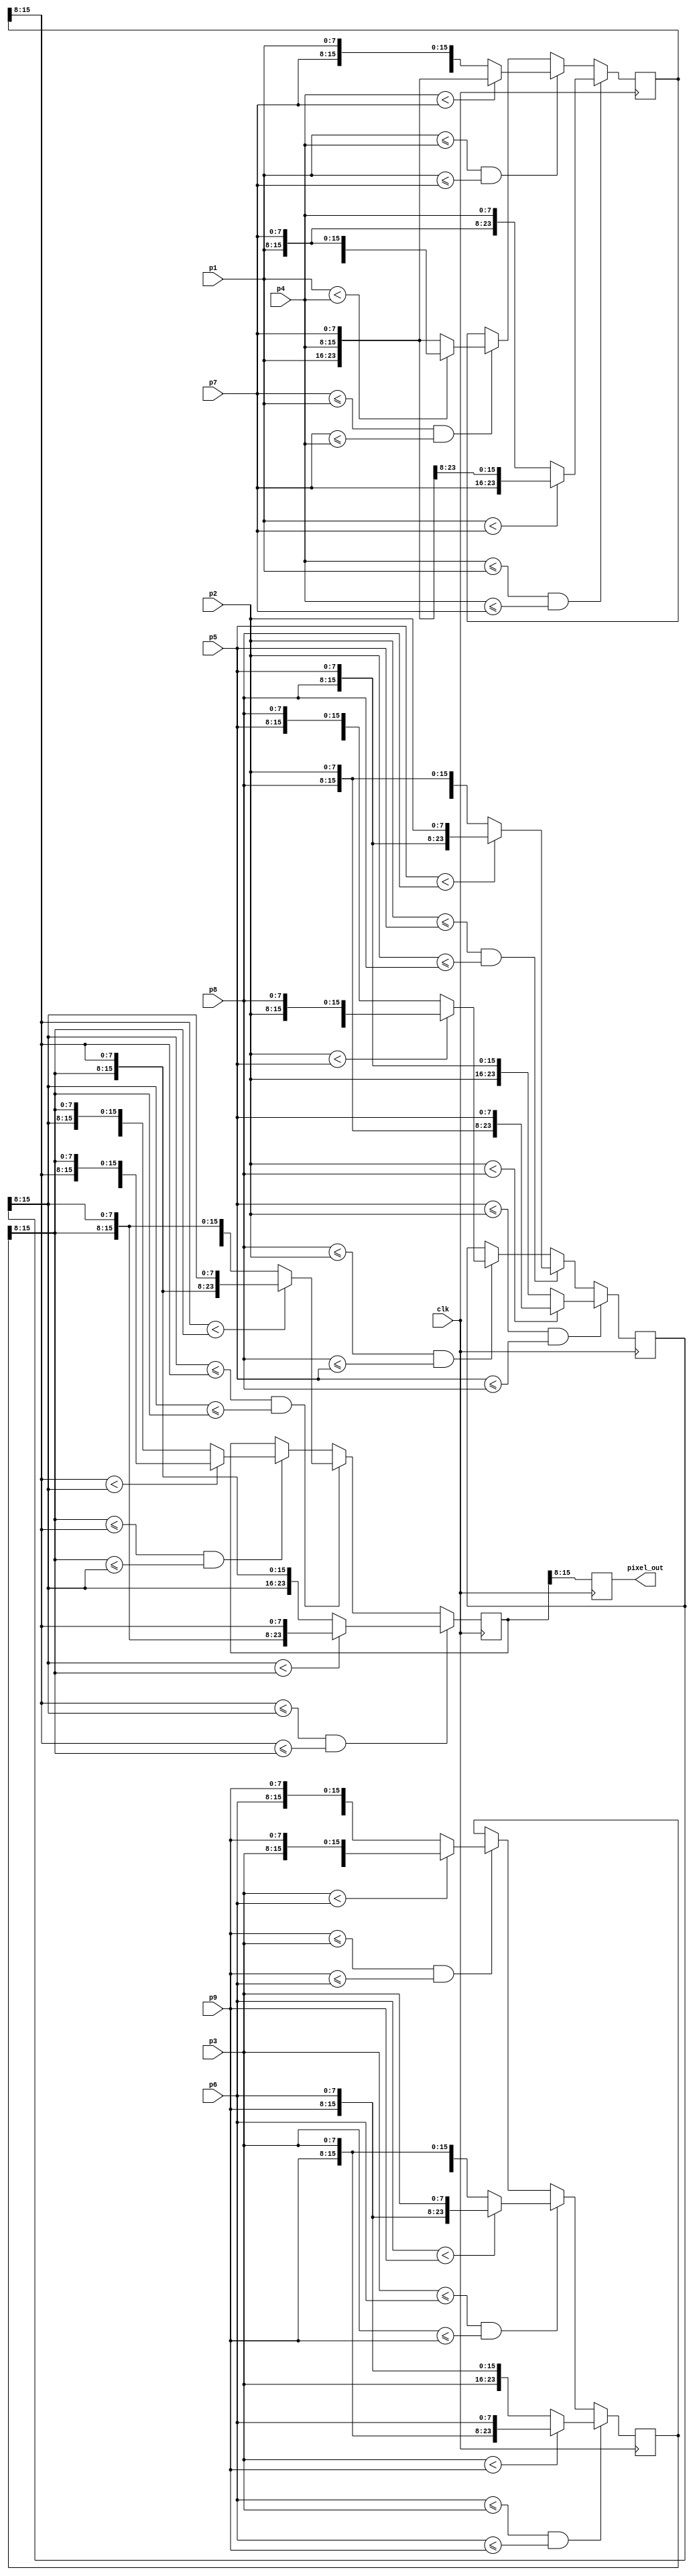
`timescale 1ns / 1ps
//////////////////////////////////////////////////////////////////////////////////
// Company: 
// Engineer: 
// 
// Design Name: 
// Module Name:    median 
// Project Name: 
// Target Devices: 
// Tool versions: 
// Description: 
//
// Dependencies: 
//
// Revision: 
// Revision 0.01 - File Created
// Additional Comments: 
//
//////////////////////////////////////////////////////////////////////////////////
module median(
input [7:0] p1,
input [7:0] p2,
input [7:0] p3,
input [7:0] p4,
input [7:0] p5,
input [7:0] p6,
input [7:0] p7,
input [7:0] p8,
input [7:0] p9,
input clk,
output reg [7:0] pixel_out
    );
reg [23:0] orderdRow1;
reg [23:0] orderdRow2;
reg [23:0] orderdRow3;
reg [23:0] orderdColumn;
////////////// sort row /////////////////
	/*  /////////////row 1///////////////
	  assign orderdRow1 = (p4 <= p1 && p4 <= p7) ? 
	  (p1 < p7 ? {p7 , p1 , p4} : {p1 , p7 , p4}) :
	  (p1 <= p4 && p1 <= p7) ? ((p4 < p7 ) ? {p1 , p4 , p7} : {p4 , p7 , p1}) :
	  ((p1 < p4) ? {p4 , p1 , p7} : {p1 , p4 , p7});
		
		/////////////row 2///////////////
		 assign orderdRow2 = (p5 <= p2 && p5 <= p8) ? 
		  (p2 < p8 ? {p8 , p2 , p5} : {p2 , p8 , p5}) :
		  (p2 <= p5 && p2 <= p8) ? ((p5 < p8) ? {p8 , p5 , p2} : {p5 , p8 , p2}) :
		  ((p2 < p5) ? {p5 , p2 , p8} : {p2 , p5 , p8});
		  
		
		/////////////row 3///////////////
		 assign orderdRow3 = (p6 <= p3 && p6 <= p9) ? 
		  (p3 < p9 ? {p9 , p3 , p6} : {p9 , p6 , p3}) :
		  (p9 <= p3 && p9 <= p6) ? ((p3 < p6) ? {p6 , p3 , p9} : {p3 , p6 , p9}) :
		  ((p6 < p9) ? {p9 , p6 , p3} : {p6 , p9 , p3});
		  
		
		
		////////////// sort culumn /////////////////
		/////////////culumn 2///////////////
		assign orderdColumn = (orderdRow1[15:8] <= orderdRow2[15:8] && orderdRow1[15:8] <= orderdRow3[15:8]) ? 
		  (orderdRow2[15:8] < orderdRow3[15:8] ? {orderdRow3[15:8] , orderdRow2[15:8] , orderdRow1[15:8] } : {orderdRow2[15:8], orderdRow3[15:8] , orderdRow1[15:8]}) :
		  (orderdRow2[15:8] <= orderdRow1[15:8] && orderdRow2[15:8] <= orderdRow3[15:8]) ? 
		  ((orderdRow1[15:8] < orderdRow3[15:8]) ? {orderdRow3[15:8] , orderdRow1[15:8] , orderdRow2[15:8]} : {orderdRow1[15:8] , orderdRow3[15:8] , orderdRow2[15:8]}) :
		  ((orderdRow1[15:8] < orderdRow2[15:8]) ? {orderdRow2[15:8] , orderdRow1[15:8] ,orderdRow3[15:8]} : {orderdRow1[15:8] , orderdRow2[15:8] ,orderdRow3[15:8]});
		
		
		/////////////////////////////
		assign pixel_out1 = orderdColumn[15:8];*/
	always @(posedge clk) begin
		 /////////////row 1///////////////
		 
		if(p4 <= p1 && p4 <= p7) begin
			if(p1 < p7) begin // p4 < p1 < p7
				orderdRow1 <= {p7 , p1 , p4};
			end
			else begin// p4 < p7 < p1
			orderdRow1 <= {p1 , p7 , p4};
			end
		end
		else if(p1 <= p4 && p1 <= p7) begin 
			if(p4 < p7) begin//p1 < p4 < p7
				orderdRow1 <= {p1 , p4 , p7};
			end
			else begin//p1 < p7 < p4
				orderdRow1 <= {p4 , p7 , p1};
			end
		end
		else if(p7 <= p1 && p7 <= p4) begin
			if(p1 < p4) begin// p7 < p1 < p4
				orderdRow1 <= {p4 , p1 , p7};
			end
			else begin//p7 < p4 < p1
				orderdRow1 <= {p1 , p4 , p7};
			end
		end
		/////////////row 2///////////////
		if(p5 <= p2 && p5 <= p8) begin
			if(p2 < p8) begin // p5 < p2 < p8
				orderdRow2 <= {p8 , p2 , p5};
			end
			else begin// p5 < p8 < p2
				orderdRow2 <= {p2 , p8 , p5};
			end
		end
		else if(p2 <= p5 && p2 <= p8) begin 
			if(p5 < p8) begin//p2 < p5 < p8
				orderdRow2 <= {p8 , p5 , p2};
			end
			else begin//p2 < p8 < p5
			orderdRow2 <= {p5 , p8 , p2};
			end
		end
		else if(p8 <= p2 && p8 <= p5) begin
			if(p2 < p5) begin// p8 < p2 < p5
				orderdRow2 <= {p5 , p2 , p8};
			end
			else begin//p8 < p5 < p2
				orderdRow2 <= {p2 , p5 , p8};
			end
		end
		/////////////row 3///////////////
		if(p6 <= p3 && p6 <= p9) begin
			if(p3 < p9) begin // p6 < p3 < p9
				orderdRow3 <= {p9 , p3 , p6};
			end
			else begin// p6 < p9 < p3
				orderdRow3 <= {p3 , p9 , p6};
			end
		end
		else if(p3 <= p6 && p3 <= p9) begin 
			if(p6 < p9) begin//p3 < p6 < p9
				orderdRow3 <= {p9 , p6 , p3};
			end
			else begin//p3 < p9 < p6
				orderdRow3 <= {p6 , p9 , p3};
			end
		end
		else if(p9 <= p3 && p9 <= p6) begin
			if(p3 < p6) begin// p9 < p3 < p6
				orderdRow3 <= {p6 , p3 , p9};
			end
			else begin//p9 < p6 < p3
				orderdRow3 <= {p3 , p6 , p9};
			end
		end
		
		////////////// sort culumn /////////////////
		/////////////culumn 2///////////////
		if(orderdRow1[15:8] <= orderdRow2[15:8] && orderdRow1[15:8] <= orderdRow3[15:8]) begin
			if(orderdRow2[15:8] < orderdRow3[15:8]) begin // column1 < column2 < column3
				orderdColumn <= {orderdRow3[15:8] , orderdRow2[15:8] , orderdRow1[15:8] };
			end
			else begin//  column1 < column3 < column2
				orderdColumn <= {orderdRow2[15:8], orderdRow3[15:8] , orderdRow1[15:8]};
			end
		end
		else if(orderdRow2[15:8] <= orderdRow1[15:8] && orderdRow2[15:8] <= orderdRow3[15:8]) begin 
			if(orderdRow1[15:8] < orderdRow3[15:8]) begin//column2 < column1 < column3
				orderdColumn <= {orderdRow3[15:8] , orderdRow1[15:8] , orderdRow2[15:8]};
			end
			else begin//column2 < column3 < column1
				orderdColumn <= {orderdRow1[15:8] , orderdRow3[15:8] , orderdRow2[15:8]};
			end
		end
		else if(orderdRow3[15:8] <= orderdRow1[15:8] && orderdRow3[15:8] <= orderdRow2[15:8]) begin
			if(orderdRow1[15:8] < orderdRow2[15:8]) begin// column3 < column1 < column2
				orderdColumn <= {orderdRow2[15:8] , orderdRow1[15:8] ,orderdRow3[15:8]};
			end
			else begin//column3 < column2 < column1
				orderdColumn <= {orderdRow1[15:8] , orderdRow2[15:8] ,orderdRow3[15:8]};
			end
		end
		
		pixel_out <= orderdColumn[15:8];
	end
		
endmodule